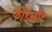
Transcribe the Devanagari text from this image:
फीडलौट